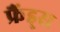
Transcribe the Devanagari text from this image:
फ्रैंड्स